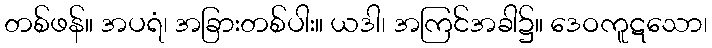
တစ်ဖန်။ အပရံ၊ အခြားတစ်ပါး။ ယဒါ၊ အကြင်အခါ၌။ ဒေဝကူဋသော၊